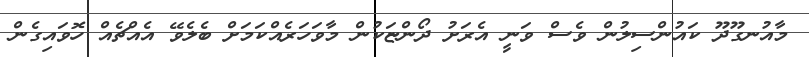
މާއުނގޫދޫ ކައުންސިލުން ވެސް ވަނީ އެރަށު ދޯންޏަކުން މާވަހަރެއްކަމަށް ބެލެވޭ އެއްޗެއް ހޮވައިގެން